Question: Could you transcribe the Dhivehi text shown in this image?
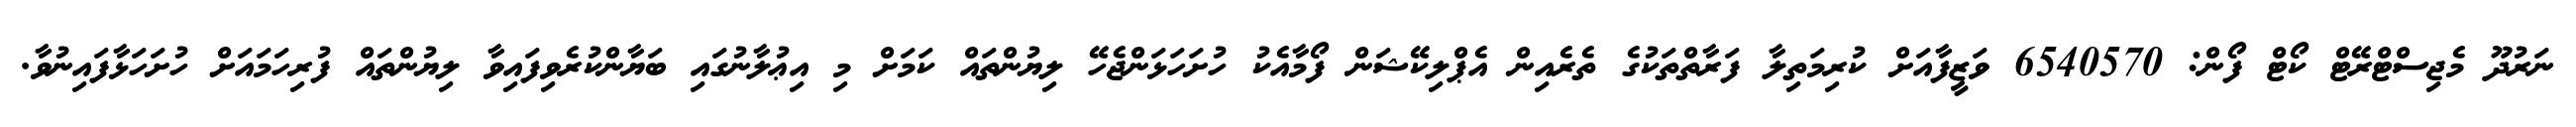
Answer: ނަރުދޫ މެޖިސްޓްރޭޓް ކޯޓް ފޯން: 6540570 ވަޒީފާއަށް ކުރިމަތިލާ ފަރާތްތަކުގެ ތެރެއިން އެޕްލިކޭޝަން ފޯމާއެކު ހުށަހަޅަންޖެހޭ ލިޔުންތައް ކަމަށް މި އިޢުލާނުގައި ބަޔާންކުރެވިފައިވާ ލިޔުންތައް ފުރިހަމައަށް ހުށަހަޅާފައިނުވާ.